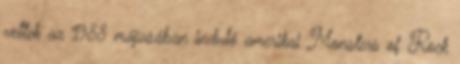
vettek az 1988 májusában induló amerikai Monsters of Rock